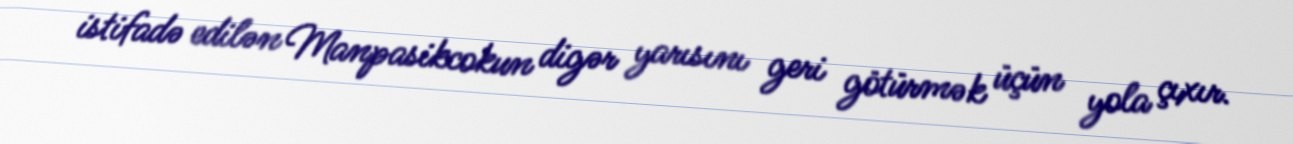
istifadə edilən Manpasikcokun digər yarısını geri götürmək üçün yola çıxır.